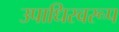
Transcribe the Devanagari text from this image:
उपाधिस्वरूप